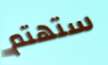
ستهتم